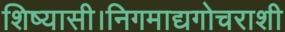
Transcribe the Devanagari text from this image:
शिष्यासी।निगमाद्यगोचराशी